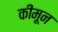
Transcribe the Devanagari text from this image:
कीमून